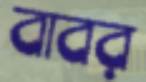
বাবর